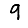
Digit: 9